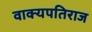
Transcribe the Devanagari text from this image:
वाक्यपतिराज